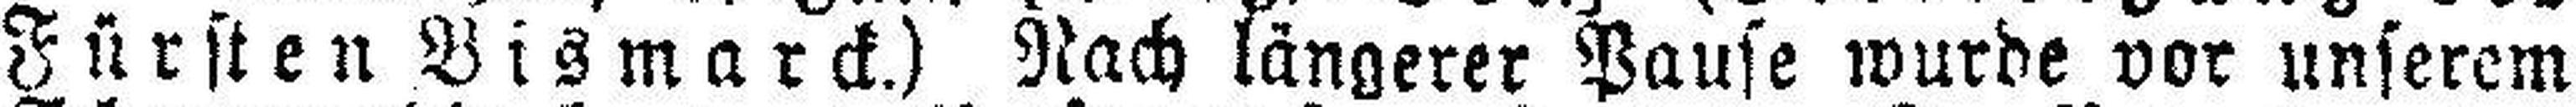
Fürsten Bismarck.) Nach längerer Pause wurde vor unserem